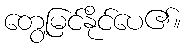
တွေ့မြင်နိုင်ပေ၏။